NAE_eestikeelseid_kaarte, lk 2
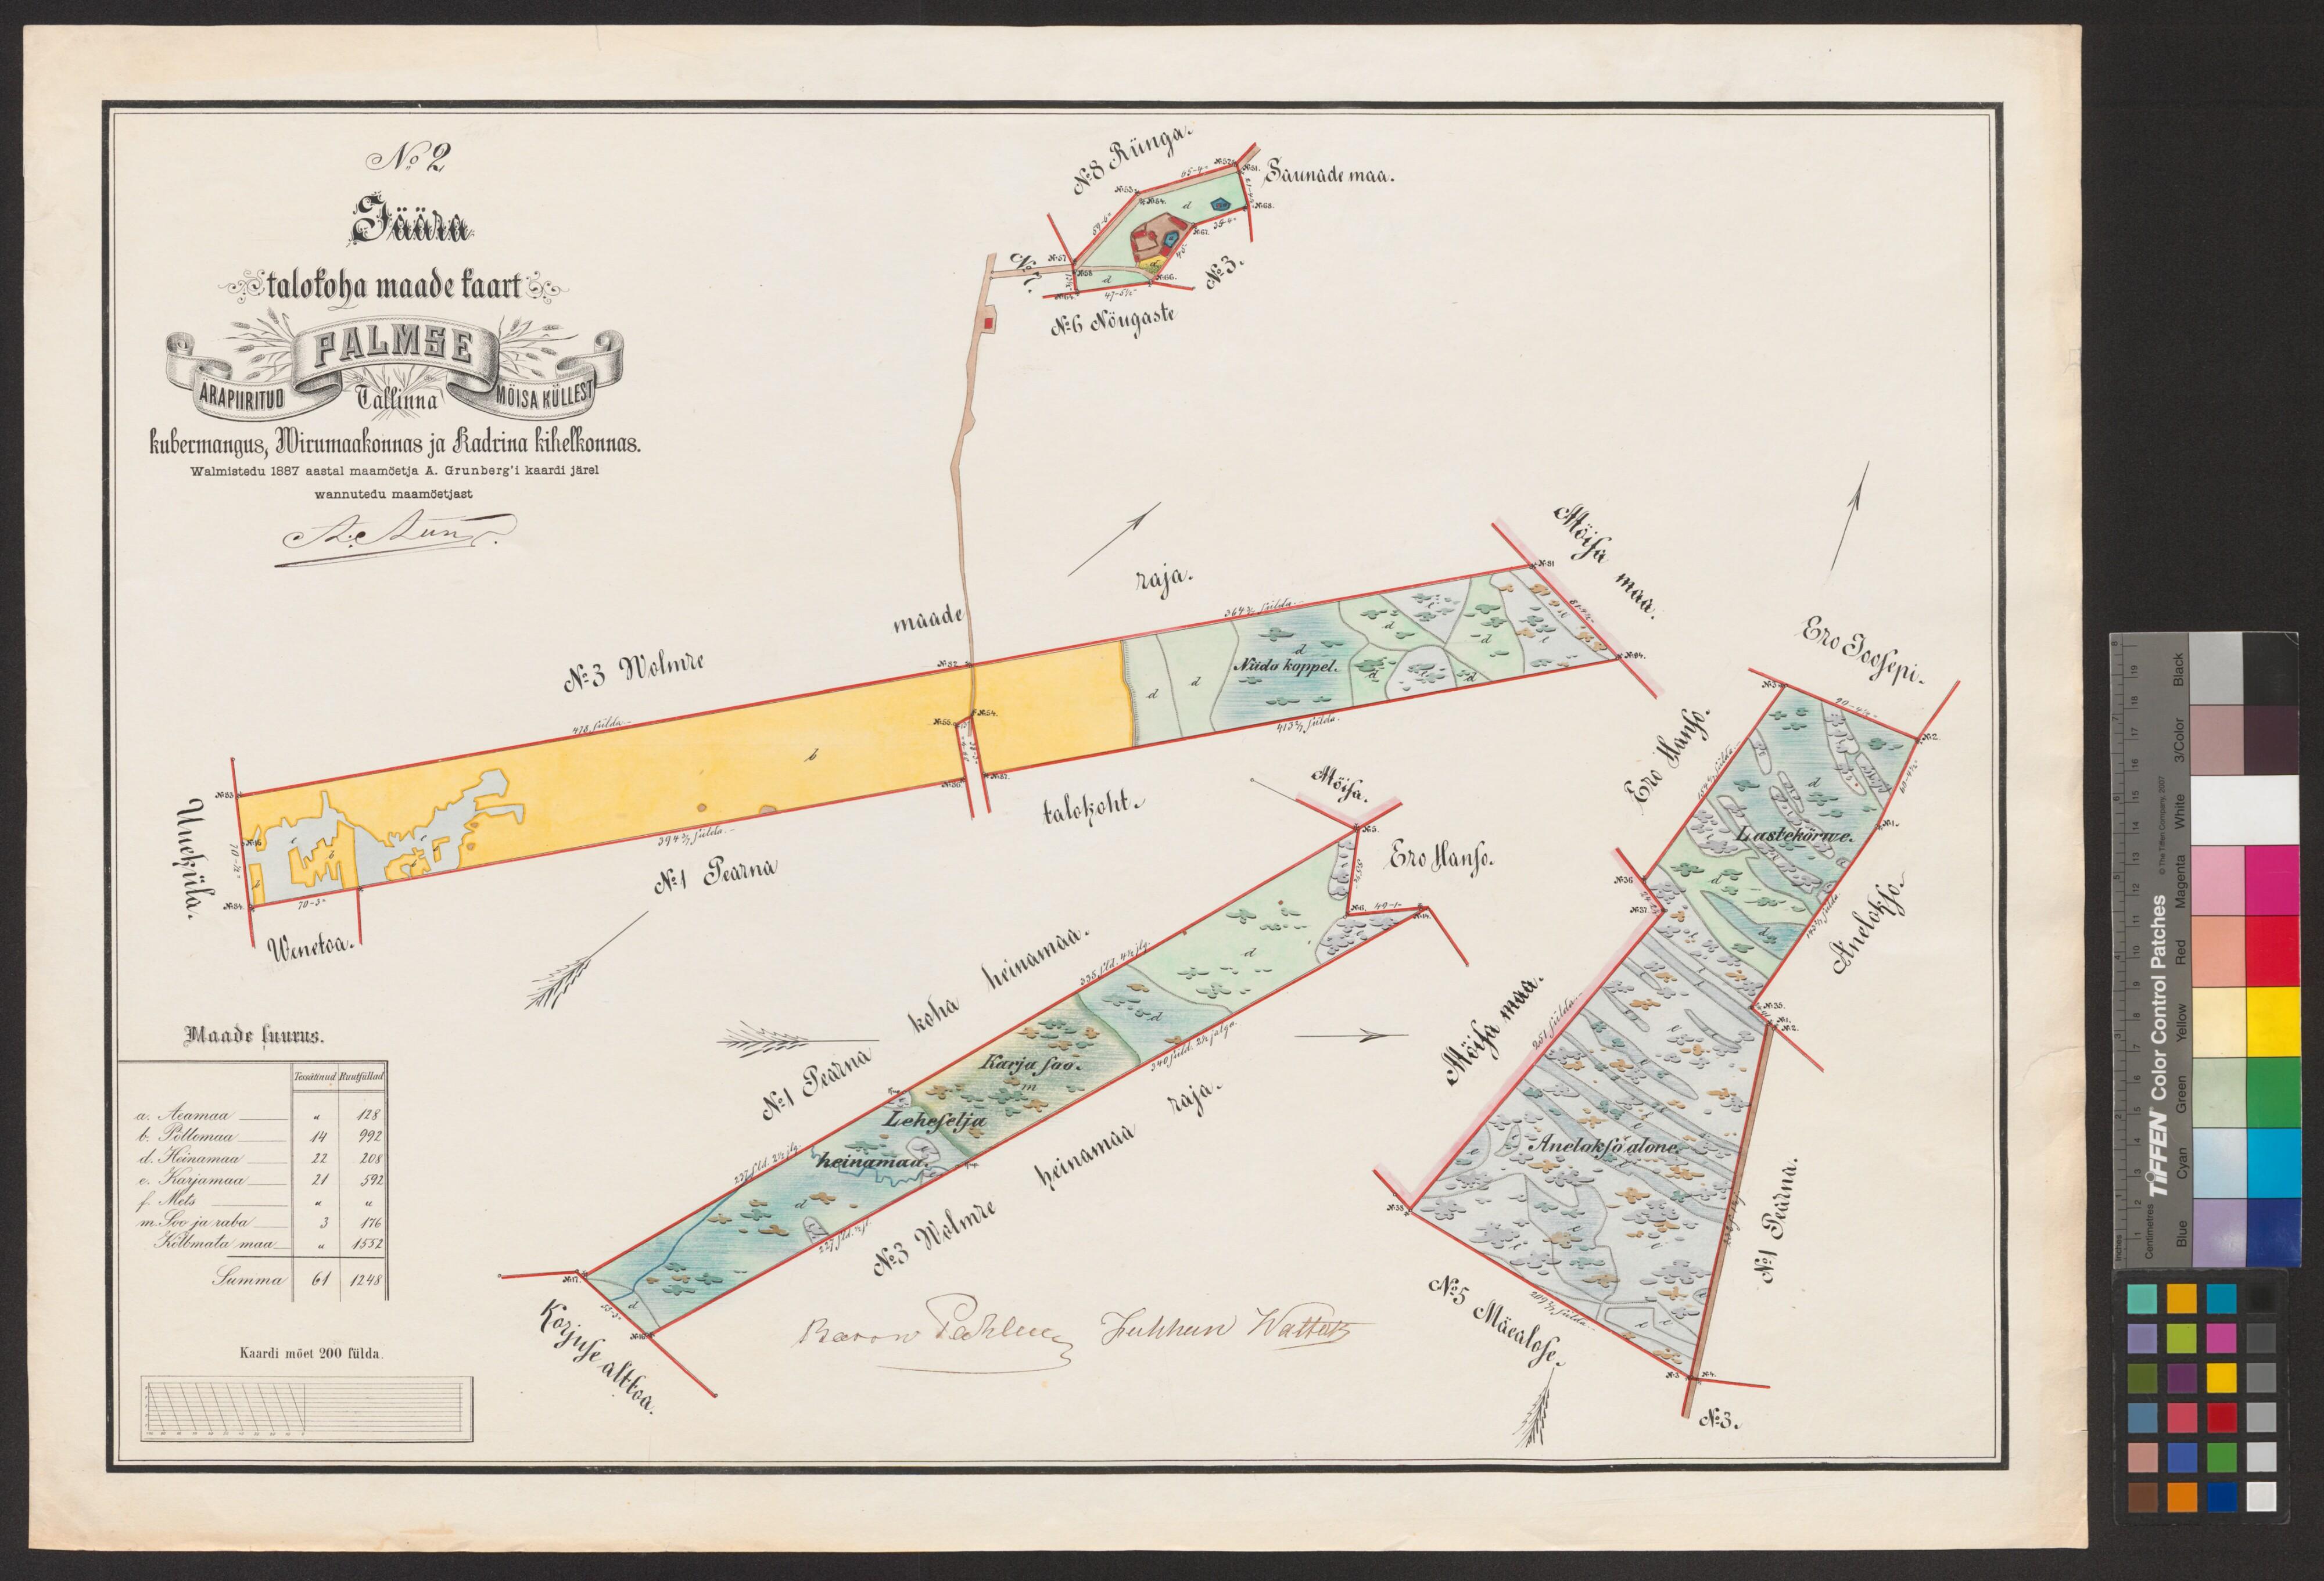
No:2
Saunade maa.
Jäära
talokoha maade kaart
Kubermangus, Wiru maakonnas ja Kadrina kihelkonnas.
Walmistedu 1887 aastal maamöetja A. Grunbergi kaardi järel
wannutedu maamõetjast
Lastekörwe
Ero Hanso
Maade suurus.
Karja soo.
a. Aeamaa
Leheselja
b. Pöllomaa
Anelakso alone
d. Heinamaa
heinamaa
e. Karjamaa
f. Mets
m. Soo ja raba
Kölbmata maa
Summa
Kaardi mõet 200 sülda